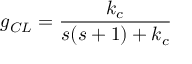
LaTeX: g _ { C L } = { \frac { k _ { c } } { s ( s + 1 ) + k _ { c } } }